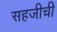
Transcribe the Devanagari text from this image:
सहजीची